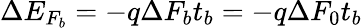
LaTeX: \Delta E_{F_{b}}=-q\Delta F_{b}t_{b}=-q\Delta F_{0}t_{b}